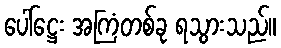
ပေါ်ဋ္ဌေး အကြံတစ်ခု ရသွားသည်။